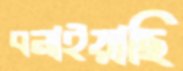
বনাইয়াছি